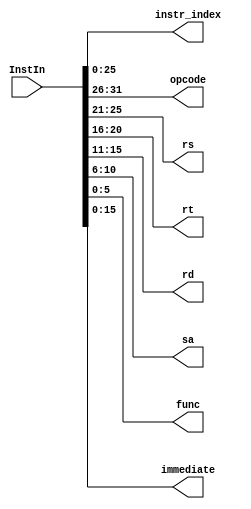
`timescale 1ns / 1ps
//////////////////////////////////////////////////////////////////////////////////
// Company: 
// Engineer: 
// 
// Design Name: 
// Module Name: instr_decoder
// Project Name: 
// Target Devices: 
// Tool Versions: 
// Description: 
// 
// Dependencies: 
// 
// Revision:
// Revision 0.01 - File Created
// Additional Comments:
// 
//////////////////////////////////////////////////////////////////////////////////


module instr_decoder(
    input [31:0] InstIn,
    
    output [25:0] instr_index,
    output [5:0] opcode,
    output [4:0] rs,
    output [4:0] rt,
    output [4:0] rd,
    output [4:0] sa,
    output [5:0] func,
    output [15:0] immediate
    );
    
    assign instr_index = InstIn[25:0];
    assign opcode = InstIn[31:26];
    assign rs = InstIn[25:21];
    assign rt = InstIn[20:16];
    assign rd = InstIn[15:11];
    assign sa = InstIn[10:6];
    assign func = InstIn[5:0];
    assign immediate = InstIn[15:0];
endmodule